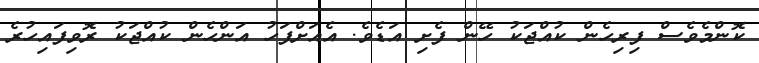
ކޮންމެވެސް ފިރިހެން ކުއްޖަކު ހޭން ފެށި އަޑެވެ. އެއަށްފަހު އަންހެން ކުއްޖަކު ރޮވިފައިހުރެ